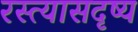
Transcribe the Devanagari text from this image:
रस्त्यासदृष्य